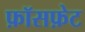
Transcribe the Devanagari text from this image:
फ़ॉसफ़ेट